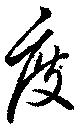
度